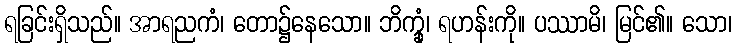
ရခြင်းရှိသည်။ အာရညကံ၊ တော၌နေသော။ ဘိက္ခုံ၊ ရဟန်းကို။ ပဿာမိ၊ မြင်၏။ သော၊